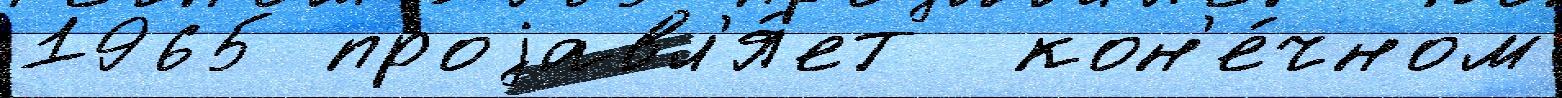
1965 проjавл'я́ет  кон'е́чном